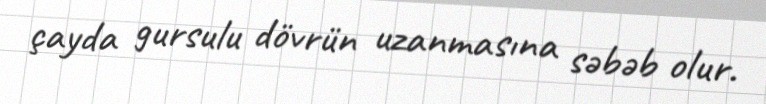
çayda gursulu dövrün uzanmasına səbəb olur.